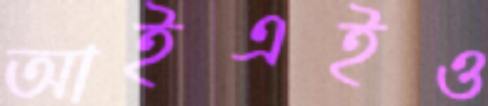
আইএইও